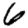
Digit: 6